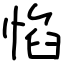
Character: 惂